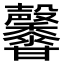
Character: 𪐕